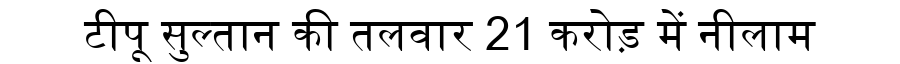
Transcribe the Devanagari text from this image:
टीपू सुल्तान की तलवार 21 करोड़ में नीलाम